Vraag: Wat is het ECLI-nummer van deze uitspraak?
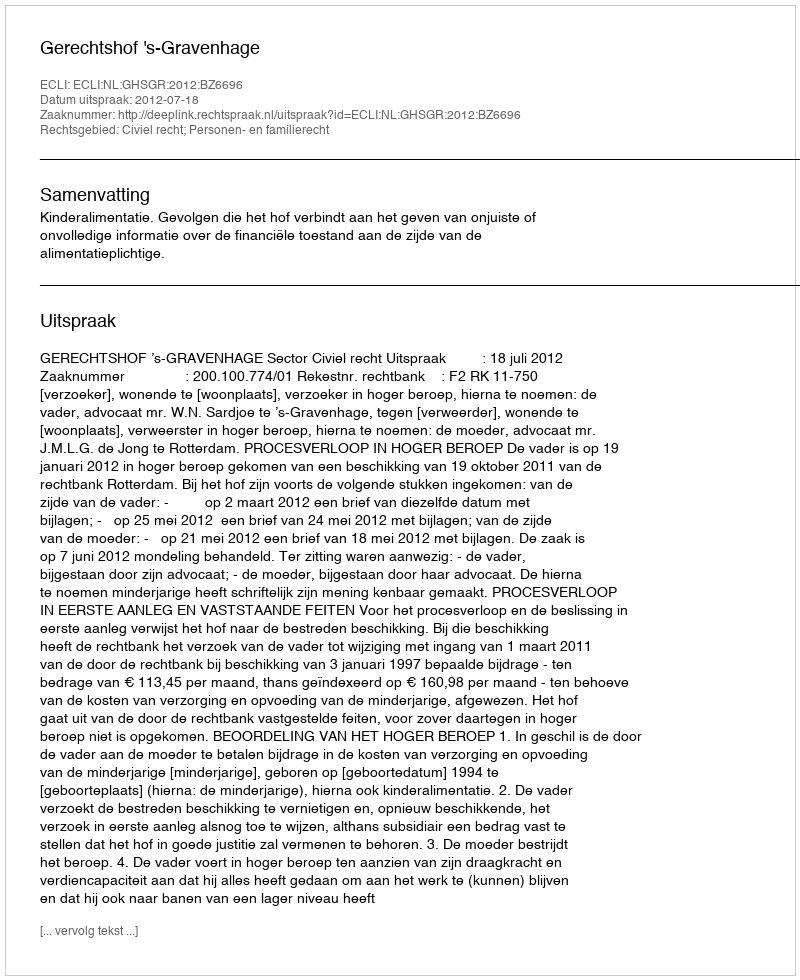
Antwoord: ECLI:NL:GHSGR:2012:BZ6696